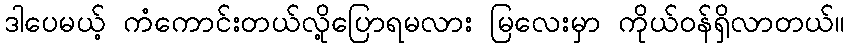
ဒါပေမယ့် ကံကောင်းတယ်လို့ပြောရမလား မြလေးမှာ ကိုယ်ဝန်ရှိလာတယ်။